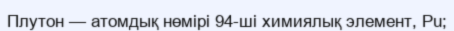
Плутон — атомдық нөмірі 94-ші химиялық элемент, Pu;